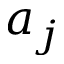
a _ { j }